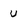
Character: U